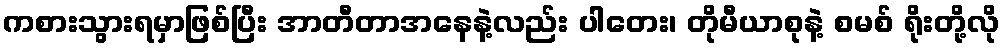
ကစားသွားရမှာဖြစ်ပြီး အာတီတာအနေနဲ့လည်း ပါတေး၊ တိုမီယာစုနဲ့ စမစ် ရိုးတို့လို